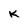
Character: K